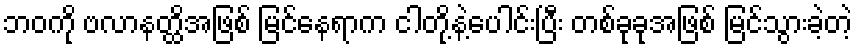
ဘဝကို ဗလာနတ္ထိအဖြစ် မြင်နေရာက ငါတို့နဲ့ပေါင်းပြီး တစ်ခုခုအဖြစ် မြင်သွားခဲ့တဲ့